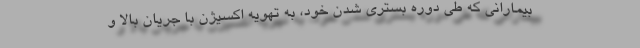
بیمارانی که طی دوره بستری شدن خود، به تهویه اکسیژن با جریان بالا و